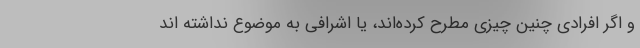
و اگر افرادی چنین چیزی مطرح کرده‌اند، یا اشرافی به موضوع نداشته اند